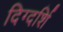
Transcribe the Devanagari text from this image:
दिग्दर्शि